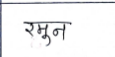
मजकूर: रमुन